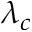
\lambda _ { c }